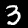
Label: 3